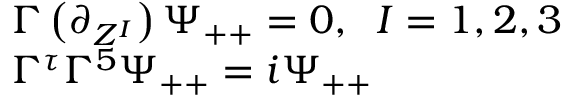
\begin{array} { l } { { \Gamma \left( \partial _ { Z ^ { I } } \right) \Psi _ { + + } = 0 , \; \; I = 1 , 2 , 3 } } \\ { { \Gamma ^ { \tau } \Gamma ^ { 5 } \Psi _ { + + } = i \Psi _ { + + } } } \end{array}